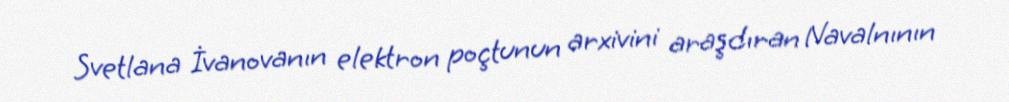
Svetlana İvanovanın elektron poçtunun arxivini araşdıran Navalnının